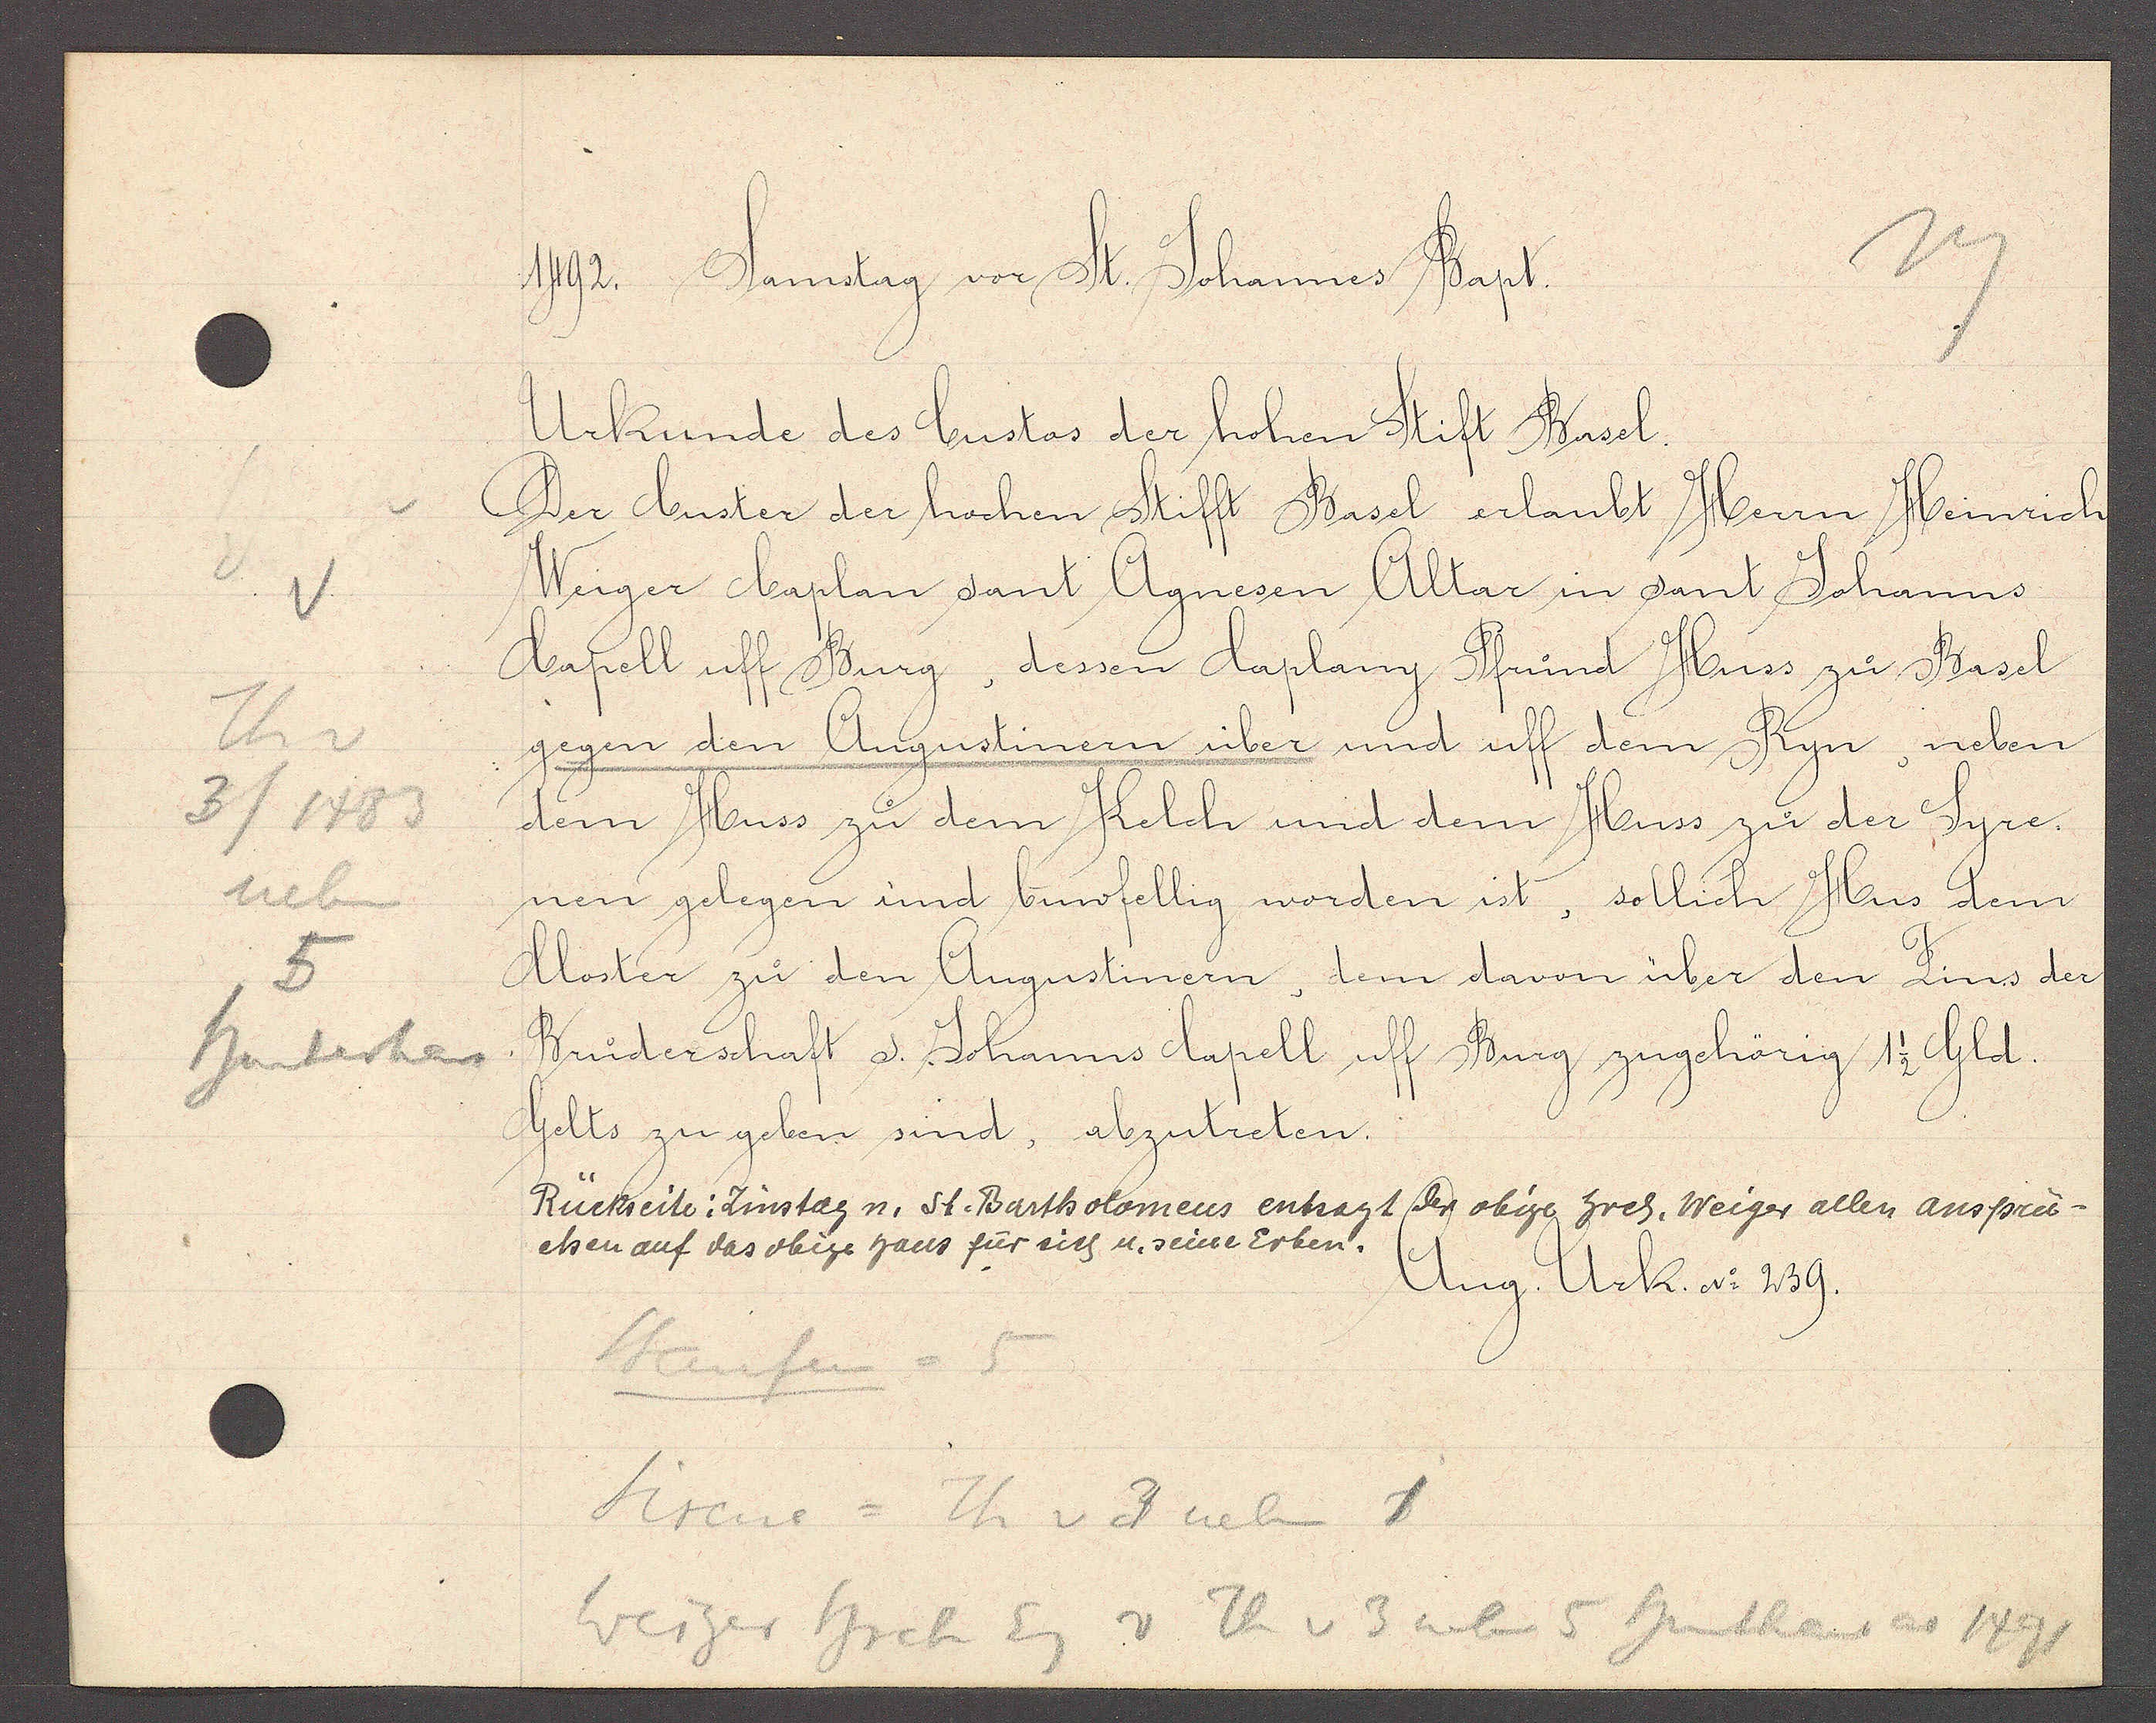
Transcript:
Th v
3/1483
neben
5
hinterhaus

1492. Samstag vor St. Johannes Bapt.

Urkunde des Custas der hohen Stift Basel.
Der Custer der hochen Stifft Basel erlaubt Herrn Heinrich
Weiger Caplan sant Agnesen Altar in sant Johanns
Capell uff Burg, dessen Caplany Pfrund Huss zu Basel
gegen den Augustinern über und uff dem Ryn, neben
dem Huss zu dem Kelch und dem Huss zu der Syre¬
nen gelegen und buwfellig worden ist, sollich Hus dem
Closter zu den Augustinern, dem davon über den Zins der
Bruderschaft s. Johanns Capell uff Burg zugehörig 1 1/2 Gld.
Gelts zu geben sind, abzutreten.

Rückeite: Zinstag n. St. Bartholomeus entsagt der obige hrch. Weiger allen anspru-
chen auf das obige haus für sich u. seine Erben.
Aug. Urk. No 239.

Staufen = 5
Sirene = Th v 3 neben 1
v Th v 3 neben 5 hinterhaus ao 1491
Weiger hrch Eg